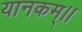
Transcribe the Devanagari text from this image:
यानकम्।।